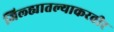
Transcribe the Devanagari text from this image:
जिल्ह्यातल्याकरवीर